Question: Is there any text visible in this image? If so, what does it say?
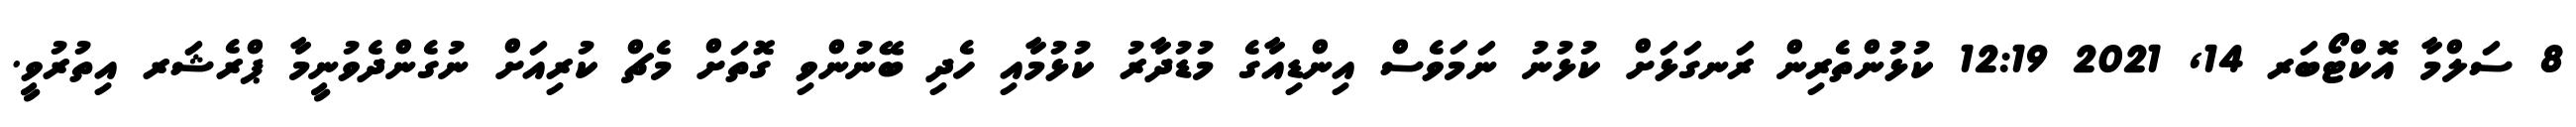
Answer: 8 ސަލްމާ އޮކްޓޯބަރ 14, 2021 12:19 ކުޅުންތެރިން ރަނގަޅަށް ކުޅުނު ނަމަވެސް އިންޑިއާގެ މުޑުދާރު ކުޅުމާއި ހެދި ބޭނުންވި ގޮތަށް މެޗް ކުރިއަށް ނުގެންދެވުނީމާ ޕްރެޝަރ އިތުރުވީ.